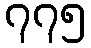
၇၇၅